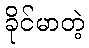
ခိုင်မာတဲ့